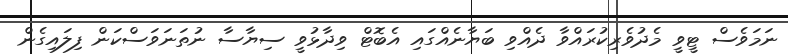
ނަމަވެސް ޓީވީ މެދުވެރިކުރައްވާ ދެއްވި ބަޔާނެއްގައި އެބޮޓް ވިދާޅުވީ ސިޔާސާ ނުތަނަވަސްކަން ފިލައިގެން